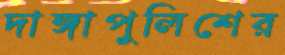
দাঙ্গাপুলিশের